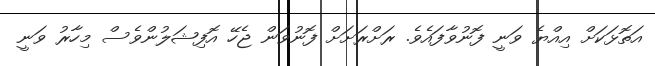
އަތޮޅަކަށް އިއްޔެ ވަނީ ފޮނުވާފައެވެ. ރަށްރަށަށް ފޮނުވަން ޖެހޭ އޮފިޝަލުންވެސް މިހާރު ވަނީ